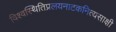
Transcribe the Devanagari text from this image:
विश्वस्थितिप्रलयनाटकनित्यसाक्षी